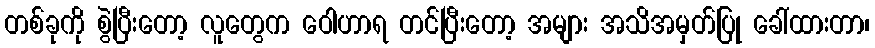
တစ်ခုကို စွဲပြီးတော့ လူတွေက ဝေါဟာရ တင်ပြီးတော့ အများ အသိအမှတ်ပြု ခေါ်ထားတာ၊